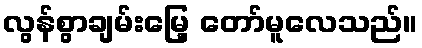
လွန်စွာချမ်းမြေ့ တော်မူလေသည်။